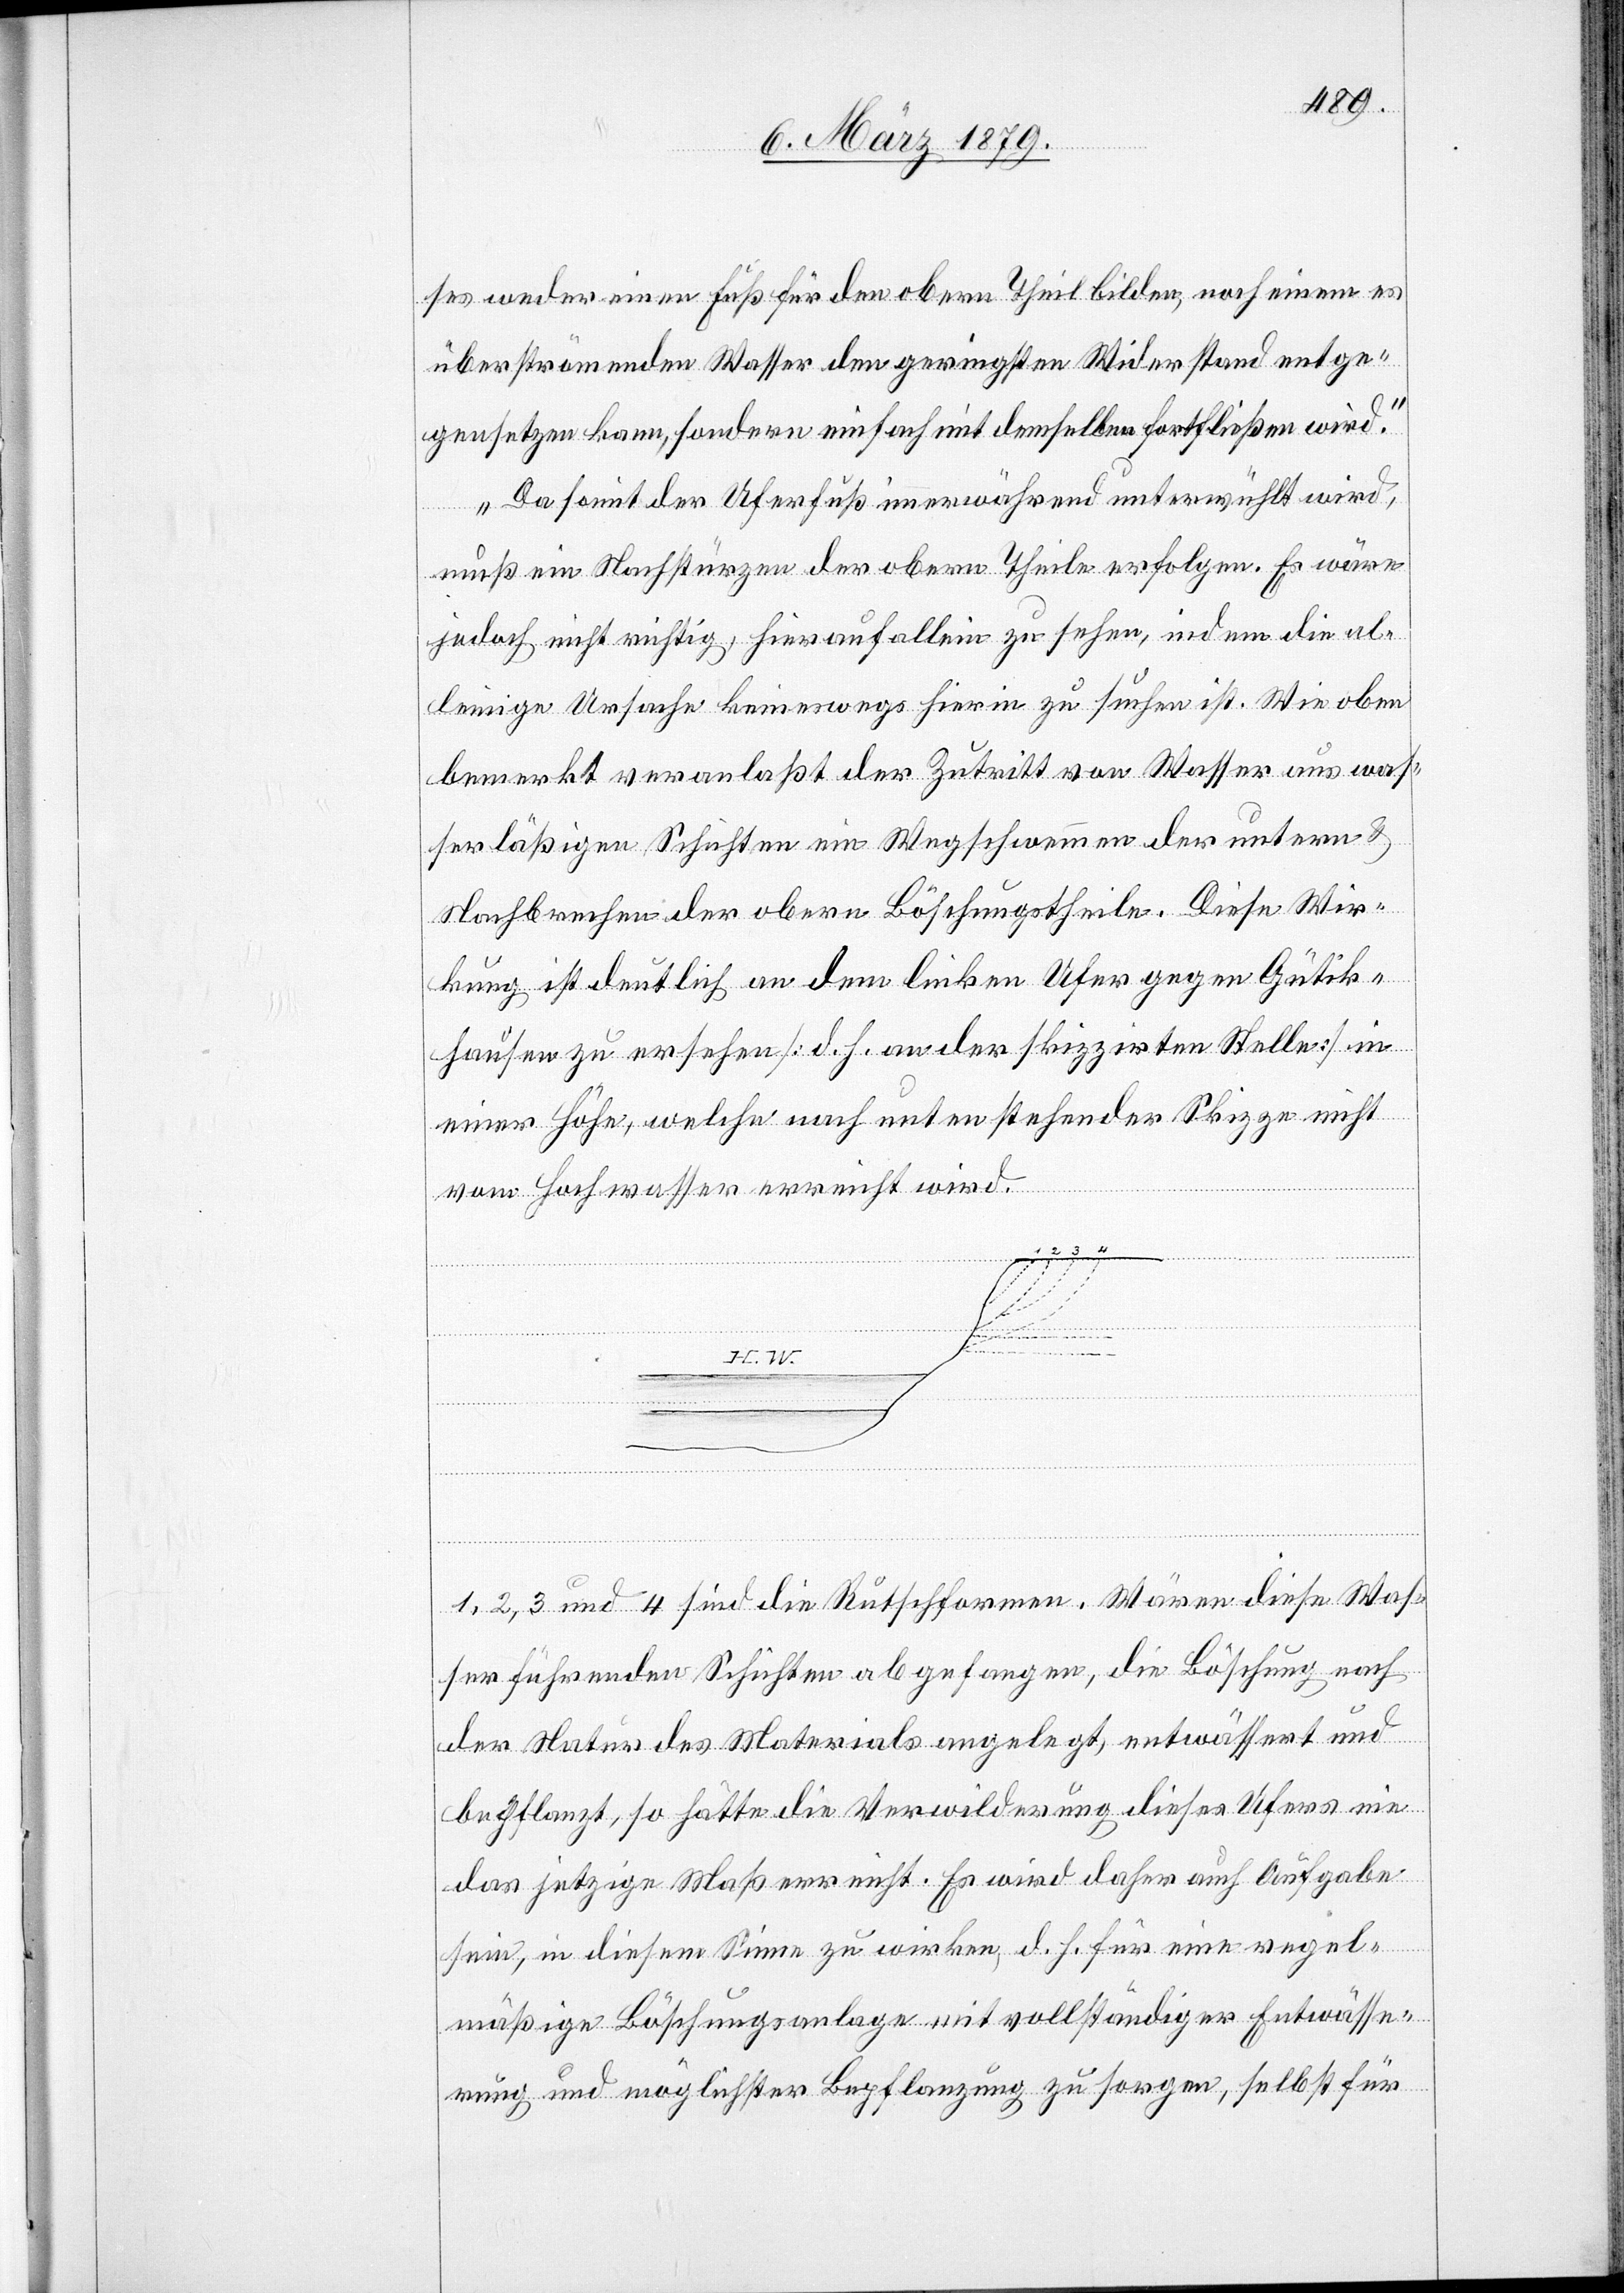
ses weder einen Fuß für den obern Theil bilden, noch einem es
überströmenden Wasser den geringsten Widerstand entge¬
gensetzen kann, sondern einfach mit demselben fortfließen wird.
Da somit der Uferfuß immerwährend unterwühlt wird,
muß ein Nachstürzen der obern Theile erfolgen. Es wäre
jedoch nicht richtig, hierauf allein zu sehen, indem die al¬
leinige Ursache keineswegs hierin zu suchen ist. Wie oben
bemerkt veranlaßt der Zutritt von Wasser aus was¬
serläßigen Schichten ein Wegschwemmen der untern &
Nachbrechen der obern Böschungstheile. Diese Wir¬
kung ist deutlich an dem linken Ufer gegen Gütik¬
hausen zu ersehen [d. h. an der skizzirten Stelle] in
einer Höhe, welche nach unten stehender Skizze nicht
vom Hochwasser erreicht wird.
[s. O.]
1, 2, 3 und 4 sind die Rutschformen. Wären diese Was¬
ser führenden Schichten abgefangen, die Böschung nach
der Natur des Materials angelegt, entwässert und
bepflanzt, so hätte die Verwilderung dieses Ufers nie
das jetzige Maß erreicht. Es wird daher auch Aufgabe
sein, in diesem Sinne zu wirken, d. h. für eine regel¬
mäßige Böschungsanlage mit vollständiger Entwässe¬
rung und möglichster Bepflanzung zu sorgen, selbst für